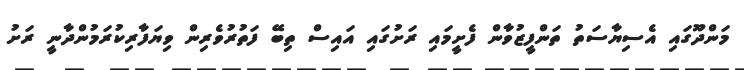
މަންދޫގައި އެސިޔާސަތު ތަންފީޒުވާން ފެށީމައި ރަށުގައި އައިސް ތިބޭ ފަތުރުވެރިން ވިޔަފާރިކުރަމުންދާނީ ރަށު